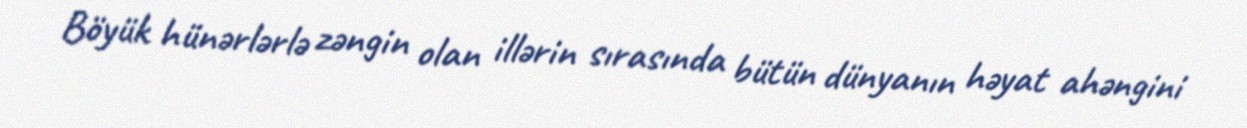
Böyük hünərlərlə zəngin olan illərin sırasında bütün dünyanın həyat ahəngini